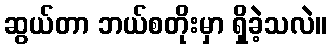
ဆွယ်တာ ဘယ်စတိုးမှာ ရှိခဲ့သလဲ။